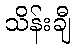
သိန်းချီ